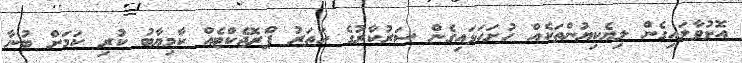
އޮޅުވާލައިގެން ލިޔެކިޔުންތަކެއް ހުށަހަޅައިގެން ސަރުކާރުގެ ހަތަރު ޕްރޮޖެކްޓެއް ކާމިޔާބު ކުރި ކަމަށް ބުނާ